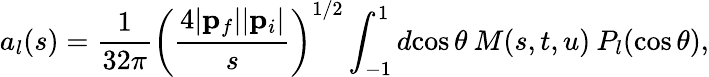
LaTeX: a_{l}(s)=\frac{1}{32\pi}\left(\frac{4|{\mathbf p}_{f}||{\mathbf p}_{i}|}{s}\right)^{1/2}\int_{-1}^{1}d\! \cos\theta\: M(s,t,u)\: P_{l}(\cos\theta),